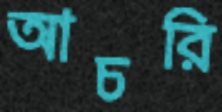
আচরি